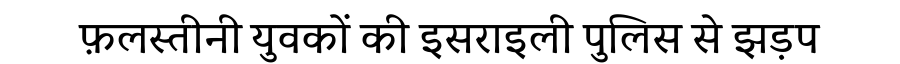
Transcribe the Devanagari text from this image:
फ़लस्तीनी युवकों की इसराइली पुलिस से झड़प